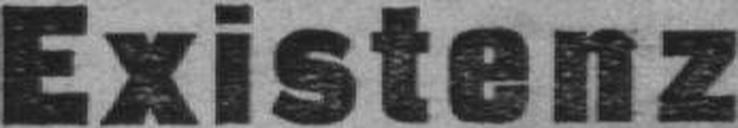
Existenz